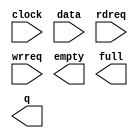
// megafunction wizard: %FIFO%VBB%
// GENERATION: STANDARD
// VERSION: WM1.0
// MODULE: scfifo 

// ============================================================
// Megafunction Name(s):
// 			scfifo
//
// Simulation Library Files(s):
// 			altera_mf
// ============================================================
// ************************************************************
// THIS IS A WIZARD-GENERATED FILE. DO NOT EDIT THIS FILE!
//
// 12.0 Build 178 05/31/2012 SJ Full Version
// ************************************************************

//Copyright (C) 1991-2012 Altera Corporation
//Your use of Altera Corporation's design tools, logic functions 
//and other software and tools, and its AMPP partner logic 
//functions, and any output files from any of the foregoing 
//(including device programming or simulation files), and any 
//associated documentation or information are expressly subject 
//to the terms and conditions of the Altera Program License 
//Subscription Agreement, Altera MegaCore Function License 
//Agreement, or other applicable license agreement, including, 
//without limitation, that your use is for the sole purpose of 
//programming logic devices manufactured by Altera and sold by 
//Altera or its authorized distributors.  Please refer to the 
//applicable agreement for further details.

module altbramfifo_w125_d16 (
	clock,
	data,
	rdreq,
	wrreq,
	empty,
	full,
	q);

	input	  clock;
	input	[124:0]  data;
	input	  rdreq;
	input	  wrreq;
	output	  empty;
	output	  full;
	output	[124:0]  q;

endmodule

// ============================================================
// CNX file retrieval info
// ============================================================
// Retrieval info: PRIVATE: AlmostEmpty NUMERIC "0"
// Retrieval info: PRIVATE: AlmostEmptyThr NUMERIC "-1"
// Retrieval info: PRIVATE: AlmostFull NUMERIC "0"
// Retrieval info: PRIVATE: AlmostFullThr NUMERIC "-1"
// Retrieval info: PRIVATE: CLOCKS_ARE_SYNCHRONIZED NUMERIC "0"
// Retrieval info: PRIVATE: Clock NUMERIC "0"
// Retrieval info: PRIVATE: Depth NUMERIC "16"
// Retrieval info: PRIVATE: Empty NUMERIC "1"
// Retrieval info: PRIVATE: Full NUMERIC "1"
// Retrieval info: PRIVATE: INTENDED_DEVICE_FAMILY STRING "Cyclone IV E"
// Retrieval info: PRIVATE: LE_BasedFIFO NUMERIC "0"
// Retrieval info: PRIVATE: LegacyRREQ NUMERIC "0"
// Retrieval info: PRIVATE: MAX_DEPTH_BY_9 NUMERIC "0"
// Retrieval info: PRIVATE: OVERFLOW_CHECKING NUMERIC "1"
// Retrieval info: PRIVATE: Optimize NUMERIC "0"
// Retrieval info: PRIVATE: RAM_BLOCK_TYPE NUMERIC "0"
// Retrieval info: PRIVATE: SYNTH_WRAPPER_GEN_POSTFIX STRING "0"
// Retrieval info: PRIVATE: UNDERFLOW_CHECKING NUMERIC "1"
// Retrieval info: PRIVATE: UsedW NUMERIC "0"
// Retrieval info: PRIVATE: Width NUMERIC "125"
// Retrieval info: PRIVATE: dc_aclr NUMERIC "0"
// Retrieval info: PRIVATE: diff_widths NUMERIC "0"
// Retrieval info: PRIVATE: msb_usedw NUMERIC "0"
// Retrieval info: PRIVATE: output_width NUMERIC "125"
// Retrieval info: PRIVATE: rsEmpty NUMERIC "1"
// Retrieval info: PRIVATE: rsFull NUMERIC "0"
// Retrieval info: PRIVATE: rsUsedW NUMERIC "0"
// Retrieval info: PRIVATE: sc_aclr NUMERIC "0"
// Retrieval info: PRIVATE: sc_sclr NUMERIC "0"
// Retrieval info: PRIVATE: wsEmpty NUMERIC "0"
// Retrieval info: PRIVATE: wsFull NUMERIC "1"
// Retrieval info: PRIVATE: wsUsedW NUMERIC "0"
// Retrieval info: LIBRARY: altera_mf altera_mf.altera_mf_components.all
// Retrieval info: CONSTANT: ADD_RAM_OUTPUT_REGISTER STRING "OFF"
// Retrieval info: CONSTANT: INTENDED_DEVICE_FAMILY STRING "Cyclone IV E"
// Retrieval info: CONSTANT: LPM_NUMWORDS NUMERIC "16"
// Retrieval info: CONSTANT: LPM_SHOWAHEAD STRING "ON"
// Retrieval info: CONSTANT: LPM_TYPE STRING "scfifo"
// Retrieval info: CONSTANT: LPM_WIDTH NUMERIC "125"
// Retrieval info: CONSTANT: LPM_WIDTHU NUMERIC "4"
// Retrieval info: CONSTANT: OVERFLOW_CHECKING STRING "OFF"
// Retrieval info: CONSTANT: UNDERFLOW_CHECKING STRING "OFF"
// Retrieval info: CONSTANT: USE_EAB STRING "ON"
// Retrieval info: USED_PORT: clock 0 0 0 0 INPUT NODEFVAL "clock"
// Retrieval info: USED_PORT: data 0 0 125 0 INPUT NODEFVAL "data[124..0]"
// Retrieval info: USED_PORT: empty 0 0 0 0 OUTPUT NODEFVAL "empty"
// Retrieval info: USED_PORT: full 0 0 0 0 OUTPUT NODEFVAL "full"
// Retrieval info: USED_PORT: q 0 0 125 0 OUTPUT NODEFVAL "q[124..0]"
// Retrieval info: USED_PORT: rdreq 0 0 0 0 INPUT NODEFVAL "rdreq"
// Retrieval info: USED_PORT: wrreq 0 0 0 0 INPUT NODEFVAL "wrreq"
// Retrieval info: CONNECT: @clock 0 0 0 0 clock 0 0 0 0
// Retrieval info: CONNECT: @data 0 0 125 0 data 0 0 125 0
// Retrieval info: CONNECT: @rdreq 0 0 0 0 rdreq 0 0 0 0
// Retrieval info: CONNECT: @wrreq 0 0 0 0 wrreq 0 0 0 0
// Retrieval info: CONNECT: empty 0 0 0 0 @empty 0 0 0 0
// Retrieval info: CONNECT: full 0 0 0 0 @full 0 0 0 0
// Retrieval info: CONNECT: q 0 0 125 0 @q 0 0 125 0
// Retrieval info: GEN_FILE: TYPE_NORMAL altbramfifo_w125_d16.v TRUE
// Retrieval info: GEN_FILE: TYPE_NORMAL altbramfifo_w125_d16.inc FALSE
// Retrieval info: GEN_FILE: TYPE_NORMAL altbramfifo_w125_d16.cmp FALSE
// Retrieval info: GEN_FILE: TYPE_NORMAL altbramfifo_w125_d16.bsf FALSE
// Retrieval info: GEN_FILE: TYPE_NORMAL altbramfifo_w125_d16_inst.v FALSE
// Retrieval info: GEN_FILE: TYPE_NORMAL altbramfifo_w125_d16_bb.v TRUE
// Retrieval info: LIB_FILE: altera_mf